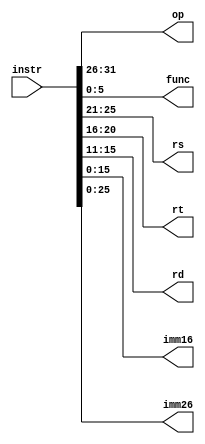
`timescale 1ns / 1ps
//////////////////////////////////////////////////////////////////////////////////
// Company: 
// Engineer: 
// 
// Design Name: 
// Module Name:    fenweiqi 
// Project Name: 
// Target Devices: 
// Tool versions: 
// Description: 
//
// Dependencies: 
//
// Revision: 
// Revision 0.01 - File Created
// Additional Comments: 
//
//////////////////////////////////////////////////////////////////////////////////
module fenweiqi(
    input [31:0] instr,
    output [5:0] op,
    output [5:0] func,
    output [4:0] rs,
    output [4:0] rt,
    output [4:0] rd,
    output [15:0] imm16,
    output [25:0] imm26
    );
	 assign op = instr[31:26];
	 assign func = instr[5:0];
	 assign rs = instr[25:21];
	 assign rt = instr[20:16];
	 assign rd = instr[15:11];
	 assign imm16 = instr[15:0];
	 assign imm26 = instr[25:0];
	 


endmodule